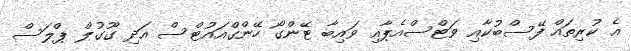
އެ ކުރިތައް ފޭސްބުކާއި ވަޓްސްއެޕާއި ވައިބާ ޓޭންގޯ ހޭންގްއައުޓްސް އަދި ގޫގުލް ޕްލަސް